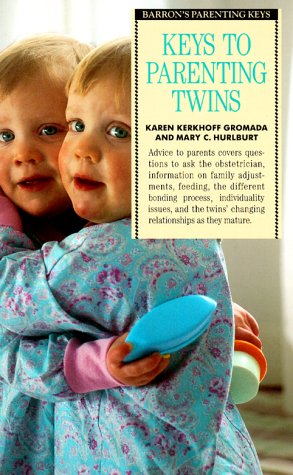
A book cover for Keys to Parenting Twins (Barron's Parenting Keys); Karen Kerkhoff Gromada; Parenting & Relationships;